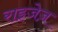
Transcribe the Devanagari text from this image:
राइजेज़